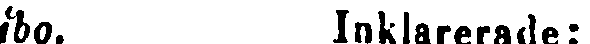
ibo. Inklarerade: